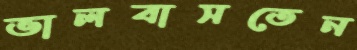
ভালবাসতেন